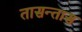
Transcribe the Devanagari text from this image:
तासन्तास